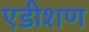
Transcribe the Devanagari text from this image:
एडीशण